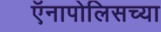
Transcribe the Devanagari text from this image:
ऍनापोलिसच्या